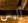
أليس